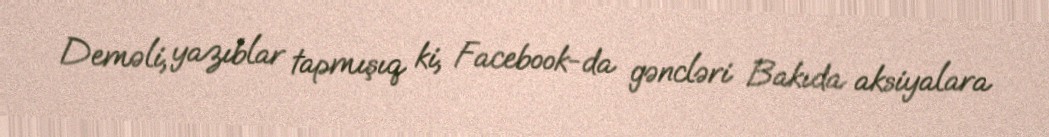
Deməli, yazıblar tapmışıq ki, Facebook-da gəncləri Bakıda aksiyalara